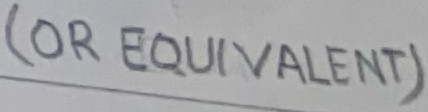
Text: (OR EQUIVALENT)